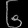
Digit: ၆